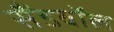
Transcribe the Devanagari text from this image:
सैंडबॉल